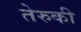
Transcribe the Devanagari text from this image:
तेरुकी